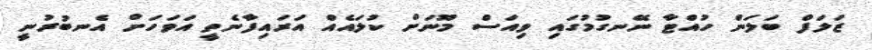
ޒަލަފް ބަލަން ހުއްޓާ ނޭނގުމުގައި ވިއަސް މޫނަށް ކުލައެއް އަރައިފާނެތީ އަވަހަށް އެނބުރުނީ